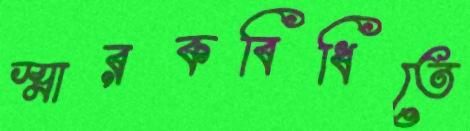
স্মারকবিধিতে